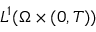
L ^ { 1 } ( \Omega \times ( 0 , T ) )